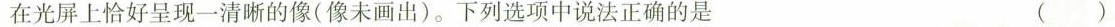
在光屏上恰好呈现一清晰的像(像未画出)。下列选项中说法正确的是 ()